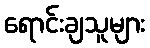
ရောင်းချသူများ